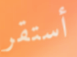
أستقر